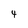
Character: 4